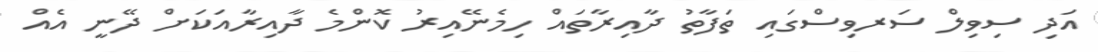
އަދި ސިވިލް ސަރވިސްގައި ތަފާތު ދާއިރާތައް ހިމެނޭއިރު ކޮންމެ ދާއިރާއަކަށް ދޭނީ އެއް